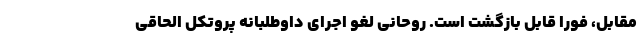
مقابل، فورا قابل بازگشت است. روحانی لغو اجرای داوطلبانه پروتکل الحاقی